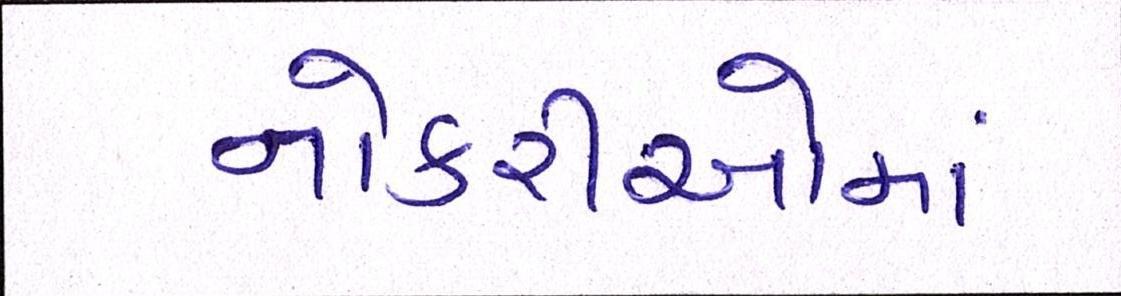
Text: નોકરીઓમાં